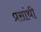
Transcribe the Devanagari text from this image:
प्रसांथी